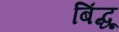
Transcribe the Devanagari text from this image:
बिंद्धू